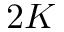
2 K